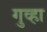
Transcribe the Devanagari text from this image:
गुव्हा